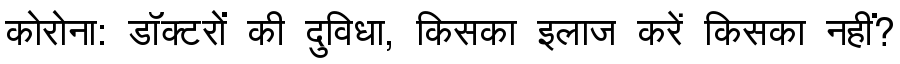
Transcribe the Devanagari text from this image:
कोरोना: डॉक्टरों की दुविधा, किसका इलाज करें किसका नहीं?